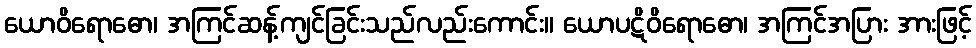
ယောဝိရောဓော၊ အကြင်ဆန့်ကျင်ခြင်းသည်လည်းကောင်း။ ယောပဋိဝိရောဓော၊ အကြင်အပြား အားဖြင့်